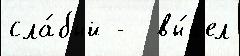
сла́бый -  вы́шел